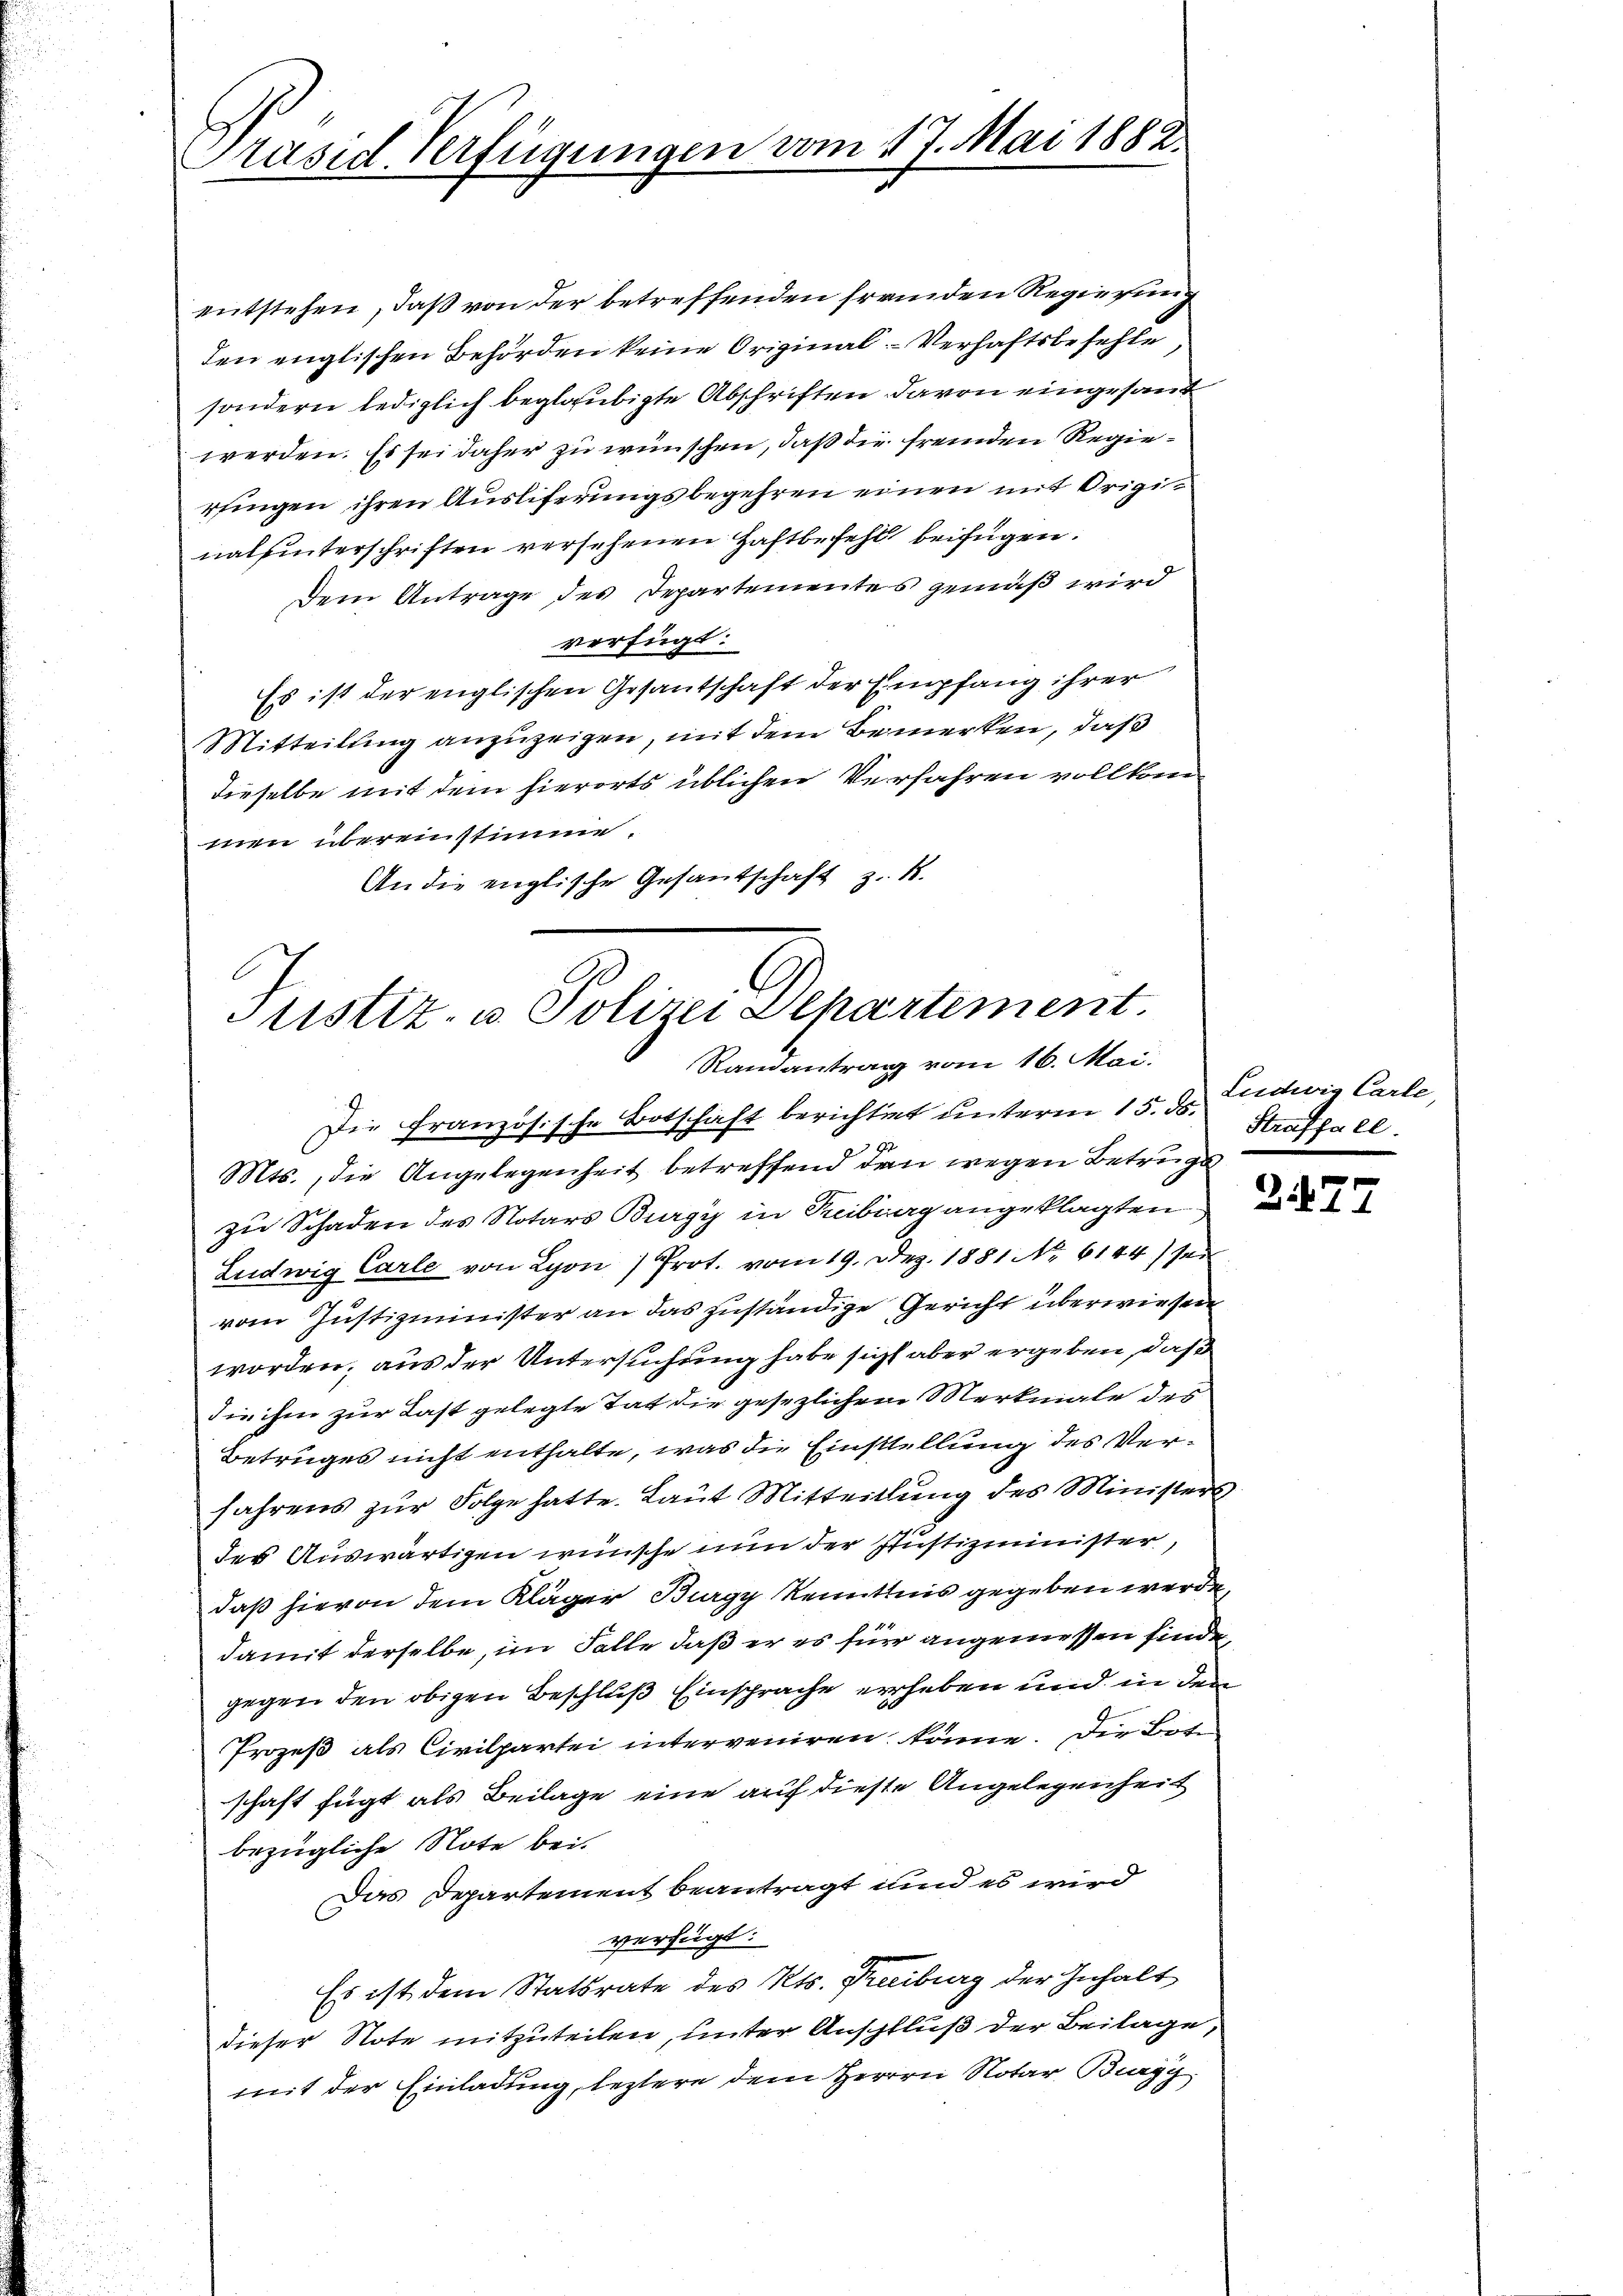
Präsid. Verfügungen vom 17. Mai 1882.

entstehen, daß von der betreffenden fremden Regierung
den englischen Behörden keine Original-Verhaftsbefehle
sondern lediglich beglaubigte Abschriften davon eingesand
werden. Es sei daher zu wünschen, daß die fremden Regieringen ihren Ausliferungsbegehren einen mit Originalhinterschriften versehenen Haftbefehl beifügen.
Dem Antrage des Departementes gemäß wird
verfügt:
Es ist der englischen Gesantschaft der Empfang ihrer
Mitteilung anzuzeigen, mit dem Bemerken, daß
dieselbe mit dem hierorts üblichen Verfahren vollkommen übereinstimme.
An die englische Gesandschaft z. B.

Justiz- u. Polizei Departement.
Randantrag vom 16. Mai.

Straffall.

Die Französische Botschaft berichtigt unterm 15. d. Ludwig Carle,
r
Mts., die Angelegenheit betreffend den wegen Betruge
zu Schaden des Notars Burgy in Treiburg angeklagten
Ludwig Carle von Lyon 7 Prot. vom 19. Dez. 1881 No 6144) sei
vom Justizminister an das zuständige Gericht überwiesen
worden, aus der Untersuchung habe sich aber ergeben, daß
die ihm zur Last gelegte Tat die gesezlichen Merkmale des
Betruges nicht enthalte, was die Einstellung des Ver¬
Jahrens zur Folge hatte. Laut Mitteilung des Ministers
der Auswärtigen wünsche nun der Justizminister,
daß hievon dem Kläger Burgy Renntnis gegeben werde.
damit derselbe, im Falle daß er es für angemessen finde,
gegen den obigen Beschluß Einsprache erheben und in den
Prozeß als Civilpartei interveniren könne. Die Boten
schaft fügt als Beilage eine auf diese Angelegenheit
bezügliche Note bei.
Das Departement beantragt und es wird
verfügt:
Es ist dem Statsrate des Kts. Freiburg der Inhalt
dieser Note mitzuteilen, unter Anspfluß der Beilage,
mit der Einladung, leztere dem Herren Notar Burgy

2477